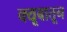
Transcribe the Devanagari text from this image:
क्यूबातून